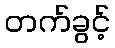
တက်ခွင့်